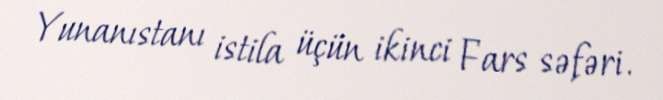
Yunanıstanı istila üçün ikinci Fars səfəri.